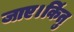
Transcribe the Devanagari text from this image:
जाए।किंतु